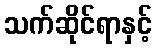
သက်ဆိုင်ရာနှင့်